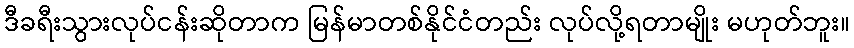
ဒီခရီးသွားလုပ်ငန်းဆိုတာက မြန်မာတစ်နိုင်ငံတည်း လုပ်လို့ရတာမျိုး မဟုတ်ဘူး။